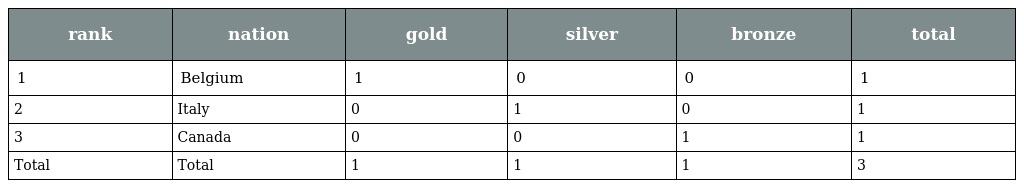
| rank | nation | gold | silver | bronze | total |
 | --- | --- | --- | --- | --- | --- |
 | 1 | Belgium | 1 | 0 | 0 | 1 |
 | 2 | Italy | 0 | 1 | 0 | 1 |
 | 3 | Canada | 0 | 0 | 1 | 1 |
 | Total | Total | 1 | 1 | 1 | 3 |